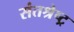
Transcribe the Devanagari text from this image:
संतश्रेष्ट्र